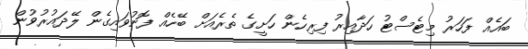
ބައެއް ފަހަރު މިޓެސްޓު ހަދާއިރު ފިރިހެން ހަށީގެ ތެރެއަށް ބޭހެއް ފޮނުވައިގެން ލޭދައުރުވުން